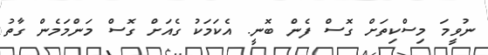
ނުވީމަ މިސްކިތަށް ގޮސް ފެން ބޮނީ. އެކަމަކު ގެއަށް ގޮސް މަންމަމެން ގާތު